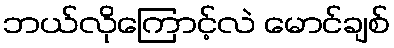
ဘယ်လိုကြောင့်လဲ မောင်ချစ်